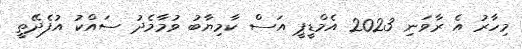
މިހާރު އެ ރާވަނި 2023 އެމްޑީޕީ އަސް ކާމިޔާބު ވުމާމެދު ސައްކު އުފެދޭތީ